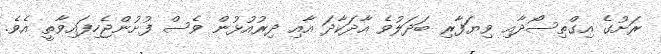
ރަށުގެ އިގްތިސޯދާއި ވިޔަފާރި ބަދަލުވެ އާދަކާދަ އާއި ދިރުއުޅުން ވެސް ފުށުންޖެހިފައިވާތީ އެވެ.